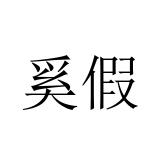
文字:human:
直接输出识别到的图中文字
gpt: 奚假